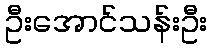
ဦးအောင်သန်းဦး